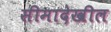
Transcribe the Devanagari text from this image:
सीमादेखील